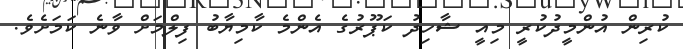
ކުރިން އުންމީދުކުރީ މިއީ ޝާހިދު ކަޕޫރުގެ އެންމެ ކާމިޔާބު ފިލްމަށް ވާނެ ކަމަށެވެ.